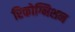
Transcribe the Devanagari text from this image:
रिकोग्निशन